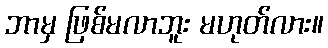
ဘာမှ ဖြစ်မလာဘူး မဟုတ်လား။